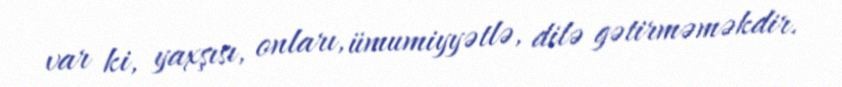
var ki, yaxşısı, onları, ümumiyyətlə, dilə gətirməməkdir.